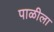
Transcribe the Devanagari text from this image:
पाळीला